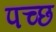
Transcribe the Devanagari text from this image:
पच्छ